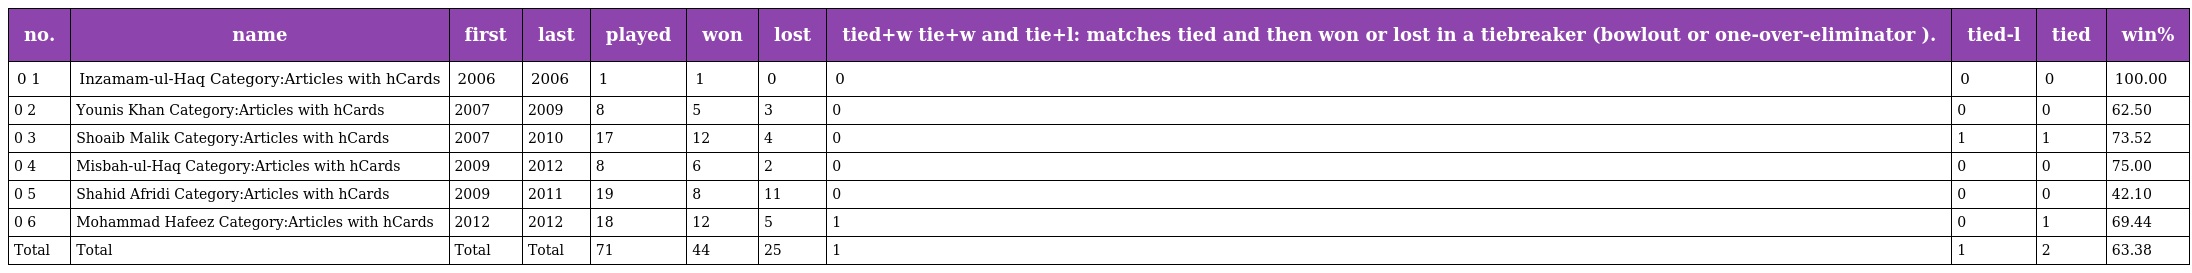
| no. | name | first | last | played | won | lost | tied+w tie+w and tie+l: matches tied and then won or lost in a tiebreaker (bowlout or one-over-eliminator ). | tied-l | tied | win% |
 | --- | --- | --- | --- | --- | --- | --- | --- | --- | --- | --- |
 | 0 1 | Inzamam-ul-Haq Category:Articles with hCards | 2006 | 2006 | 1 | 1 | 0 | 0 | 0 | 0 | 100.00 |
 | 0 2 | Younis Khan Category:Articles with hCards | 2007 | 2009 | 8 | 5 | 3 | 0 | 0 | 0 | 62.50 |
 | 0 3 | Shoaib Malik Category:Articles with hCards | 2007 | 2010 | 17 | 12 | 4 | 0 | 1 | 1 | 73.52 |
 | 0 4 | Misbah-ul-Haq Category:Articles with hCards | 2009 | 2012 | 8 | 6 | 2 | 0 | 0 | 0 | 75.00 |
 | 0 5 | Shahid Afridi Category:Articles with hCards | 2009 | 2011 | 19 | 8 | 11 | 0 | 0 | 0 | 42.10 |
 | 0 6 | Mohammad Hafeez Category:Articles with hCards | 2012 | 2012 | 18 | 12 | 5 | 1 | 0 | 1 | 69.44 |
 | Total | Total | Total | Total | 71 | 44 | 25 | 1 | 1 | 2 | 63.38 |